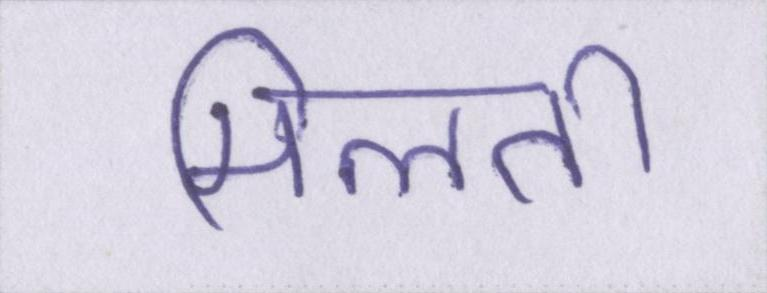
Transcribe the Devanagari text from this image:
मिलती